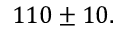
1 1 0 \pm 1 0 .